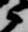
衛